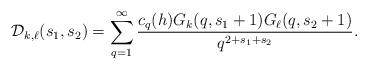
LaTeX: \begin{align*} \mathcal{D}_{k,\ell}(s_1,s_2) = \sum_{q=1}^{\infty} \frac{c_q(h) G_{k}(q,s_1+1) G_{\ell}(q,s_2+1)}{q^{2+s_1+s_2}}.\end{align*}